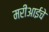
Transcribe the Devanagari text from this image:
मरीआईचे